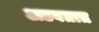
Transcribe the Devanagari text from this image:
अडवतात